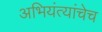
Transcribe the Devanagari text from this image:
अभियंत्यांचेच